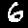
Label: 6